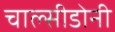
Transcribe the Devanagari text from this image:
चाल्सीडोनी